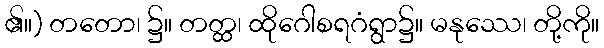
၏။) တတော၊ ၌။ တတ္ထ၊ ထိုဂေါစရဂံရွာ၌။ မနုဿေ၊ တို့ကို။